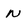
Character: N